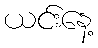
ယင်းနေ့